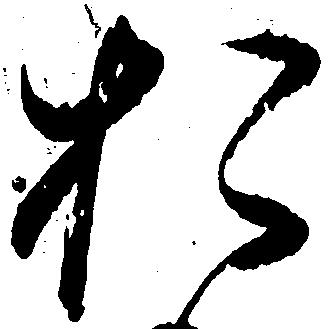
お